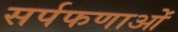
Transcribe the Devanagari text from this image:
सर्पफणाओं